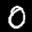
Digit: 0